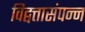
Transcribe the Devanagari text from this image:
विद्वत्तासंपन्न